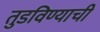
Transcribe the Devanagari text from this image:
तुडविण्याची